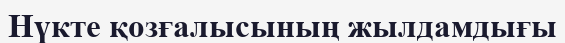
Нүкте қозғалысының жылдамдығы